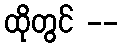
ထိုတွင် --